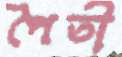
পৈতী